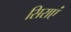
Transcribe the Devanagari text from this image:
सिराएं